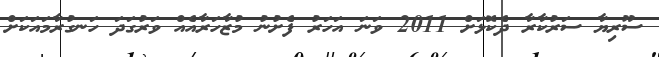
ސޫރިޔާ ސަރުކާރާ ދެކޮޅަށް 2011 ވަނަ އަހަރު ފެށުނު މުޒާހަރާއެއް ވަރުގަދަ ހަނގުރާމައަކަށް